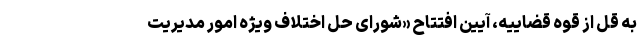
به قل از قوه قضاییه، آیین افتتاح «شورای حل اختلاف ویژه امور مدیریت